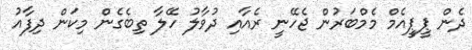
ދެން ޕީޕީއެމް މެމްބަރުން ޖެހޭނީ ރެއާއި ދުވާލު ހޭލާ ތިބެގެން މިކަން ދިފާއު